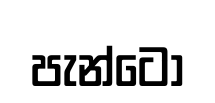
පැන්ටෝ